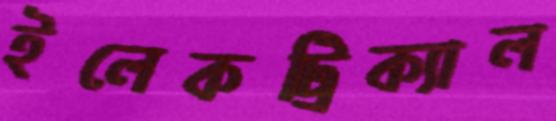
ইলেকট্রিক্যাল